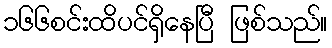
၁၆၆စင်းထိပင်ရှိနေပြီ ဖြစ်သည်။